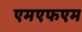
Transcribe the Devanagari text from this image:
एमएफएम